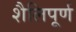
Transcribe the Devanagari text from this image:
शैलिपूर्ण